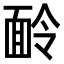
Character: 𩈖